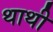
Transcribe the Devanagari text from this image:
थाथी